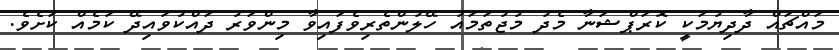
މައްޗައް ދާދިޔުމަކީ ކޮރަޕްޝަނާ މެދު މުޖުތަމައު ހޭލުންތެރިވެފައިވާ މިންވަރު ދައްކުވައިދޭ ކަމެއް ކަށެވެ.